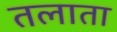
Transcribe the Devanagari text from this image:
तलाता